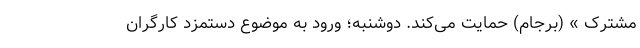
مشترک » (برجام) حمایت می‌کند. دوشنبه؛ ورود به موضوع دستمزد کارگران